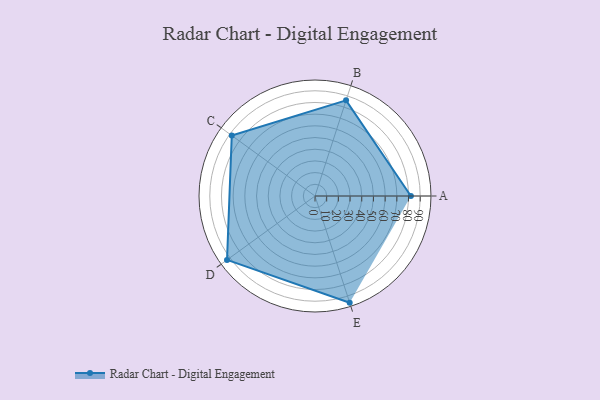
{"axis": {"x": "Skill", "y": "Score"}, "legend": ["Profile"], "data": [{"x": "A", "y": 82.0, "type": "Profile"}, {"x": "B", "y": 86.0, "type": "Profile"}, {"x": "C", "y": 88.0, "type": "Profile"}, {"x": "D", "y": 93.0, "type": "Profile"}, {"x": "E", "y": 96.0, "type": "Profile"}]}